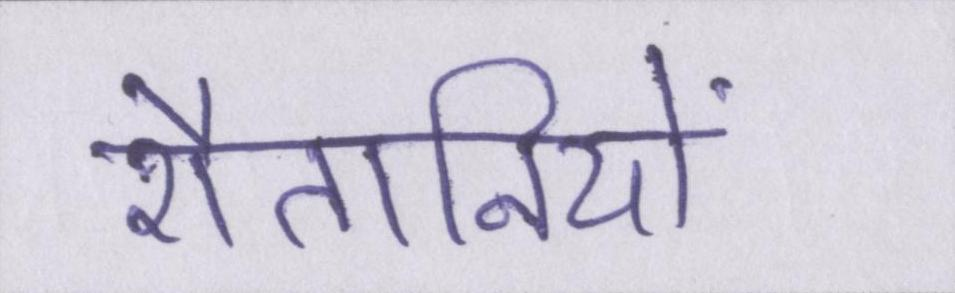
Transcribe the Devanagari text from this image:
शैतानियों